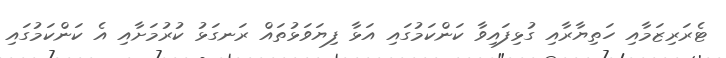
ޓެރަރިޒަމާއި ހަތިޔާރާާއި ގުޅިފައިވާ ކަންކަމުގައި އަޅާ ފިޔަވަޅުތައް ރަނގަޅު ކުރުމަށާއި އެ ކަންކަމުގައި